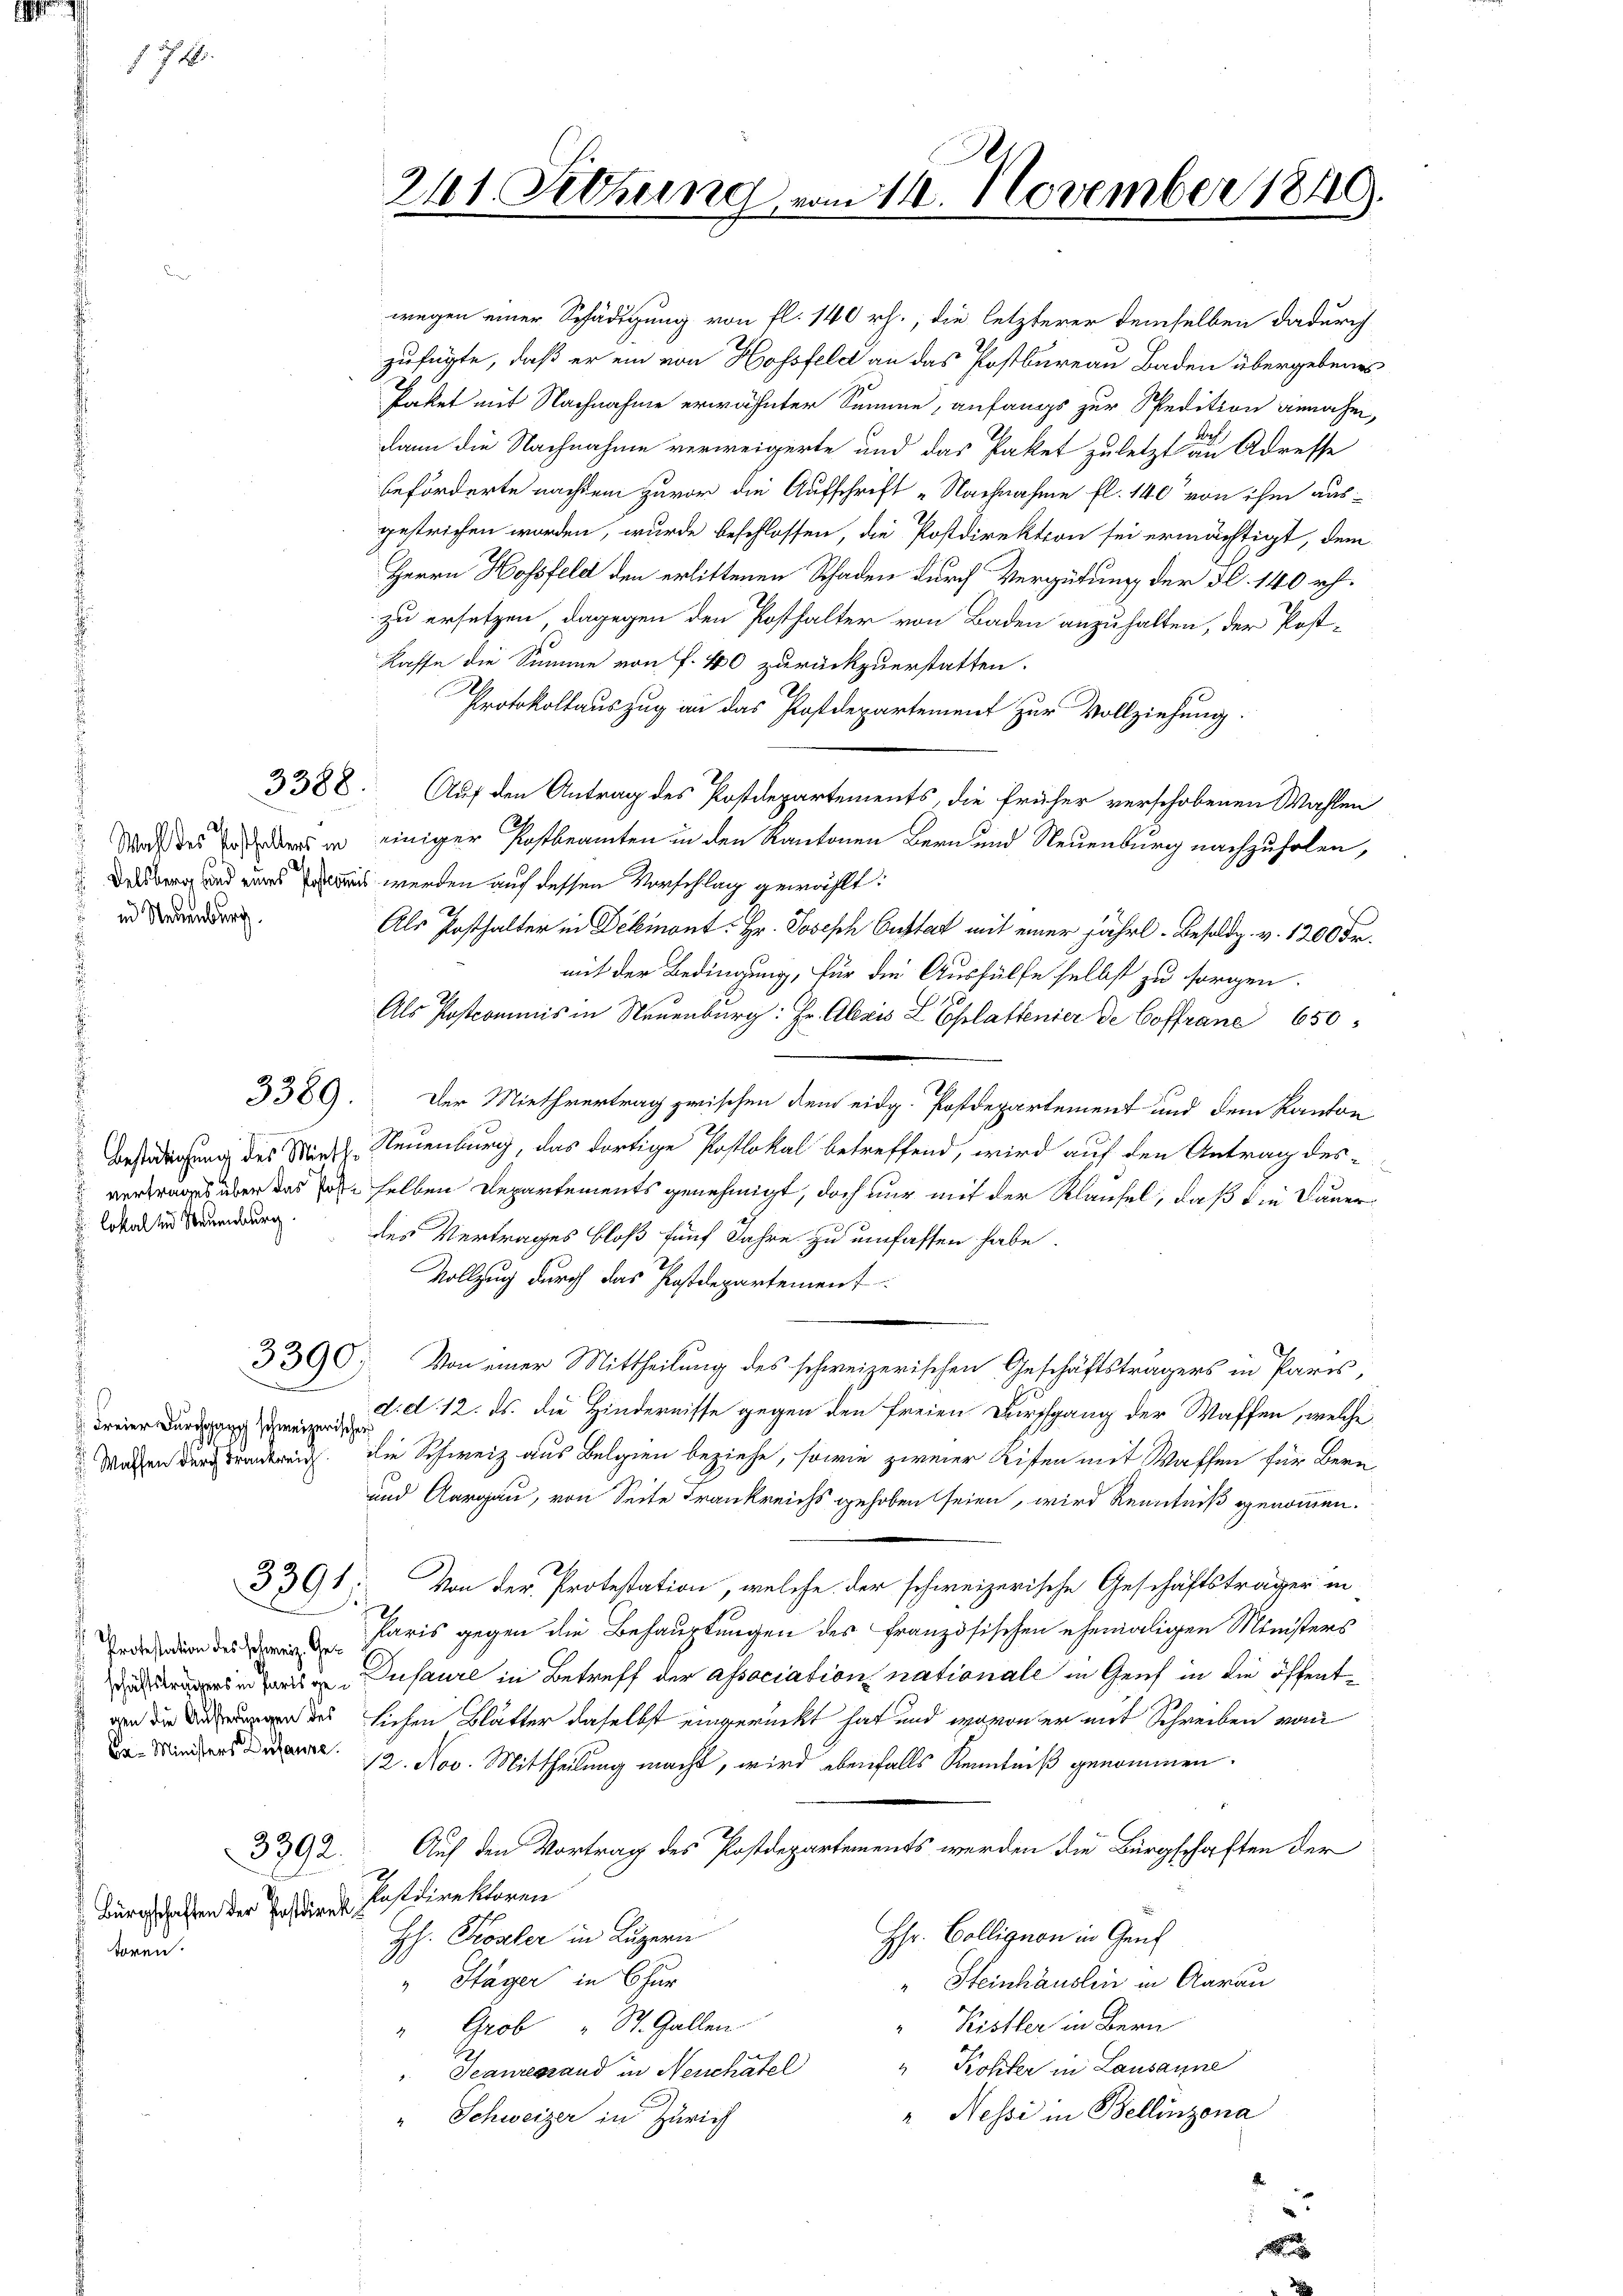
74

in Neuenburg.
d

3389.

u. Costoll sind Neuenburg.

Freier Durchgang schweizerische

Da - Ministers Dessaure.

3392.

Bürgschaften der Postdirek
toren.

Kaffe die Summe von P. 40 zurückzuerstatten.
Protokollauszug an das Postdepartement zur Vollziehung.
3388. Auf den Antrag des Postdepartements, die früher verschobenen Wahlen
Sod des ders in einiger Postbeamten in den Kantonen Bern und Neuenburg nachzuholen,
Delsberg und eines mit werden auf dessen Vorschlag gewählt:
Als Posthalter in Dekmont. Hr. Joseph Custat mit einer jährl. Besoldg. v. 1200 Fr.
mit der Bedingung, für die Aushülfe selbst zu sorgen.
Als Postcommis in Neuenburg: Hr. Alexis L Eplattener de Coffrane 650
Der Miethvertrag zwischen dem eidg. Postdepartement und dem Kanton
Bestädigung des March Neuenburg, das dortige Postlokal betreffend, wird auf den Antrag des
vertrages über das Sohn selben Departements genehmigt, doch nur mit der Klaufel, daß die Dauerdes Vertrages bloß fünf Jahre zu umfassen habe.
Vollzug durch das Postdepartement
3390. Von einer Mittheilung des schweizerischen Geschäftsträgers in Paris,
d. d. 12. ds. die Hindernisse gegen den freien Durchgang der Waffen, welche
Mahlen durch Krankreich. Die Schweiz aus Belgien beziehe, sowie zweier Lifen mit Waffen für Bern
und Aargau, von Seite Frankreichs gehoben seien, wird kenntniß genommen.
3398. Von der Protestation, welche der schweizerische Geschäftsträger in
 Paris gegen die Behauptungen des französischen ehemaligen Ministers
Dusaure in Betreff der association nationale in Genf in die öffent¬
 des sichen Blätter daselbst eingerückt hat und wovon er mit Schreiben vom
12. Nov. Mittheilung macht, wird ebenfalls Kenntniß genommen.
Auf den Vortrag des Postdepartements werden die Bürgschaften der
Postdirektoren
Hhr. Colligion in Genf
HH. Koster in Luzern
" Sager in Chur
Steinhäuslin in Aarau
 Kistler in Bern
"Grob " St. Gallen
Kohter in Lausanne
Jeanregrand in Neuchatel
" Nessi in Bellinzona
" Schweizer in Zürich

211. Setzung vom 14. November 1849.

wegen einer Schädigung von fl. 140 rh., die letzterer demselben dadurch
zufügte, daß er ein von Hofsfeld an das Postbureau Baden übergebenes
Paket mit Nachnahme erwähnter Summe, anfangs zur Spedition annahm,
Bes
dann die Nachnahme verweigerte und das Paket zuletzt an Adresse
beförderte nachdem zuvor die Aufschrift „Nachnahme fl. 140 von ihm aus-
gestrichen worden, wurde beschlossen, die Postdirektion sei ermächtigt, dem
Herrn Hofsfeld den erlittenen Schaden durch Vergütung der d. 140 rh.
zu ersetzen, dagegen den Posthalter von Baden anzuhalten, der Post-